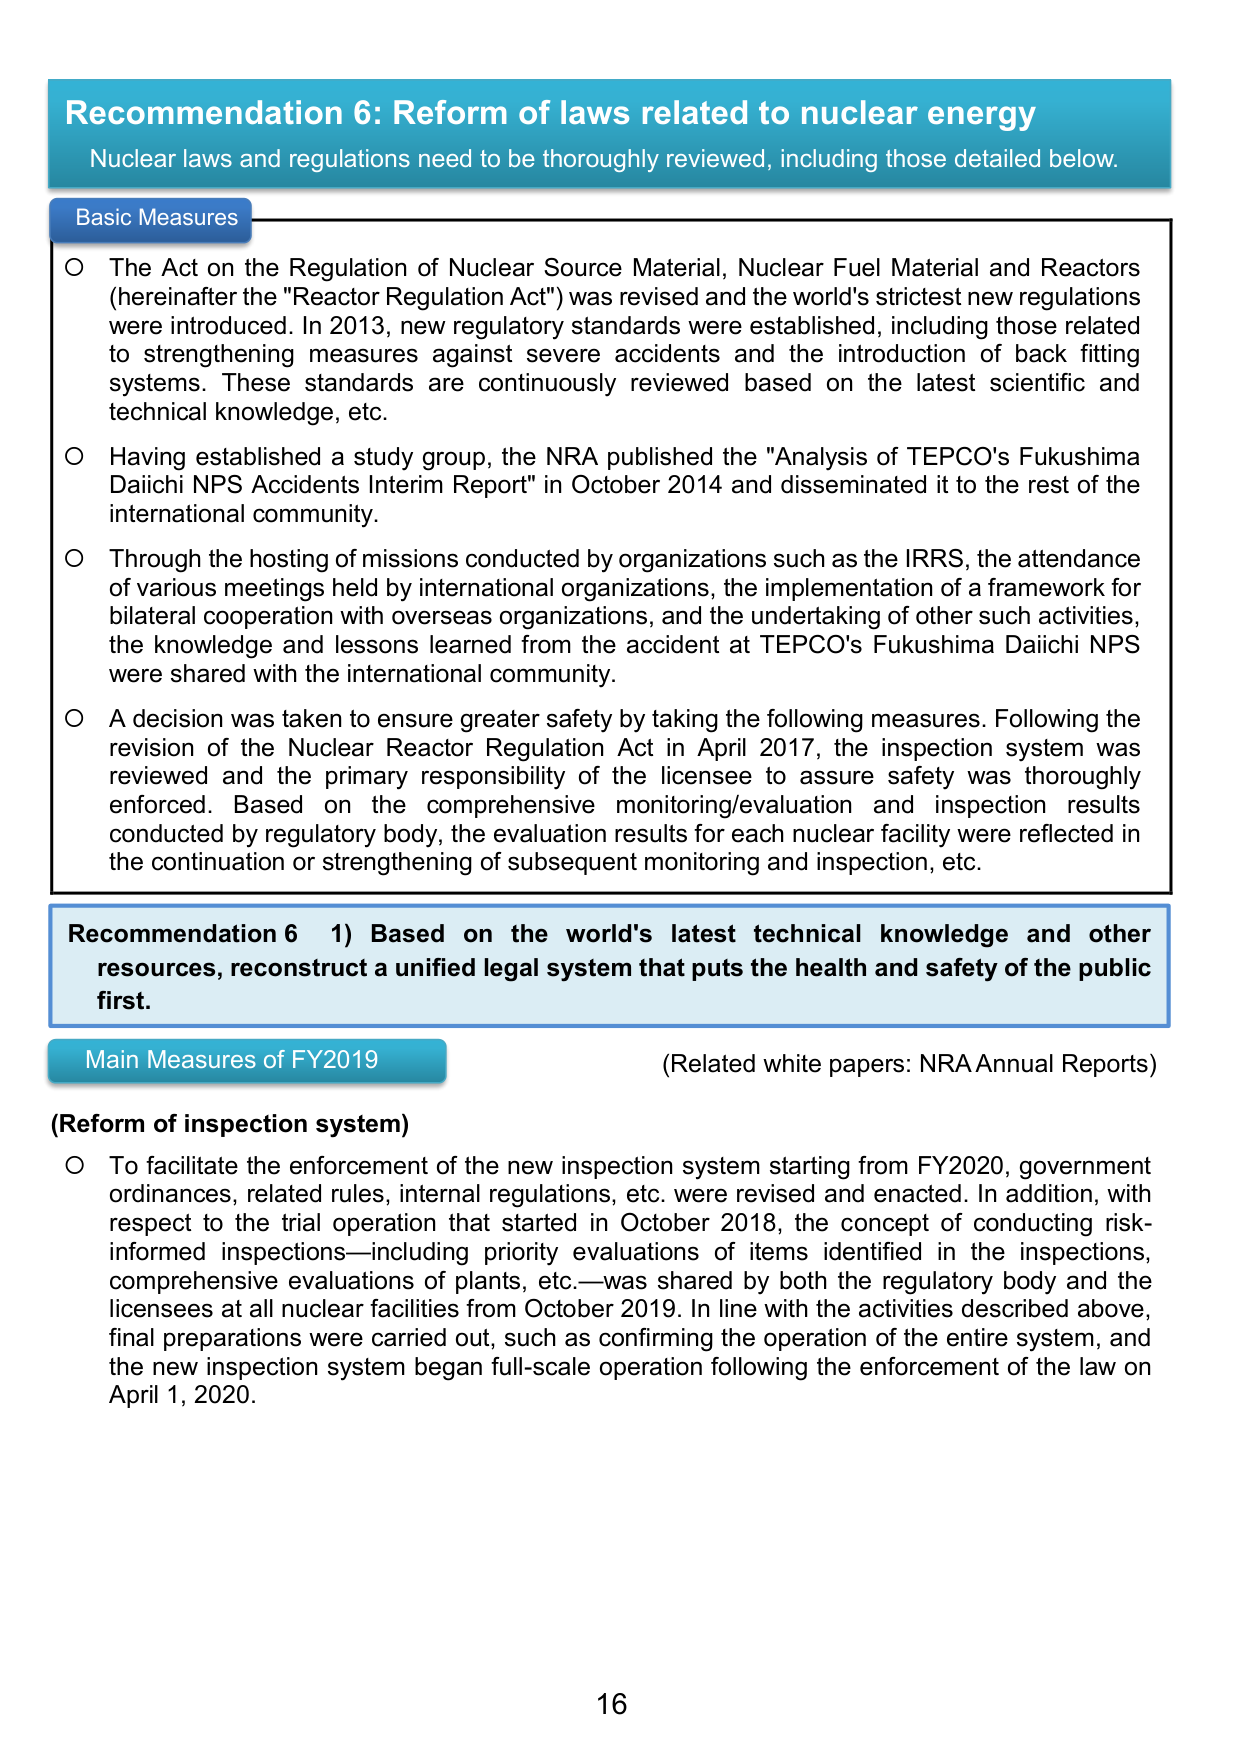
Recommendation 6: Reform of laws related to nuclear energy
Nuclear laws and regulations need to be thoroughly reviewed, including those detailed below.

Basic Measures
○ The Act on the Regulation of Nuclear Source Material, Nuclear Fuel Material and Reactors (hereinafter the "Reactor Regulation Act") was revised and the world's strictest new regulations were introduced. In 2013, new regulatory standards were established, including those related to strengthening measures against severe accidents and the introduction of back fitting systems. These standards are continuously reviewed based on the latest scientific and technical knowledge, etc.
○ Having established a study group, the NRA published the "Analysis of TEPCO's Fukushima Daiichi NPS Accidents Interim Report" in October 2014 and disseminated it to the rest of the international community.
○ Through the hosting of missions conducted by organizations such as the IRRS, the attendance of various meetings held by international organizations, the implementation of a framework for bilateral cooperation with overseas organizations, and the undertaking of other such activities, the knowledge and lessons learned from the accident at TEPCO's Fukushima Daiichi NPS were shared with the international community.
○ A decision was taken to ensure greater safety by taking the following measures. Following the revision of the Nuclear Reactor Regulation Act in April 2017, the inspection system was reviewed and the primary responsibility of the licensee to assure safety was thoroughly enforced. Based on the comprehensive monitoring/evaluation and inspection results conducted by regulatory body, the evaluation results for each nuclear facility were reflected in the continuation or strengthening of subsequent monitoring and inspection, etc.

Recommendation 6 1) Based on the world's latest technical knowledge and other resources, reconstruct a unified legal system that puts the health and safety of the public first.

Main Measures of FY2019
(Related white papers: NRA Annual Reports)
(Reform of inspection system)
○ To facilitate the enforcement of the new inspection system starting from FY2020, government ordinances, related rules, internal regulations, etc. were revised and enacted. In addition, with respect to the trial operation that started in October 2018, the concept of conducting risk-informed inspections—including priority evaluations of items identified in the inspections, comprehensive evaluations of plants, etc.—was shared by both the regulatory body and the licensees at all nuclear facilities from October 2019. In line with the activities described above, final preparations were carried out, such as confirming the operation of the entire system, and the new inspection system began full-scale operation following the enforcement of the law on April 1, 2020.

16